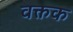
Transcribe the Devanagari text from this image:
वक्तक